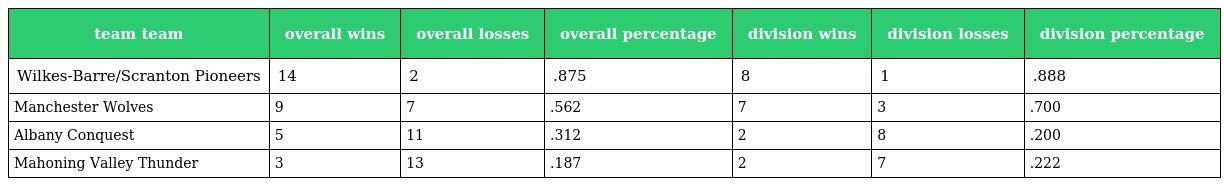
| team team | overall wins | overall losses | overall percentage | division wins | division losses | division percentage |
 | --- | --- | --- | --- | --- | --- | --- |
 | Wilkes-Barre/Scranton Pioneers | 14 | 2 | .875 | 8 | 1 | .888 |
 | Manchester Wolves | 9 | 7 | .562 | 7 | 3 | .700 |
 | Albany Conquest | 5 | 11 | .312 | 2 | 8 | .200 |
 | Mahoning Valley Thunder | 3 | 13 | .187 | 2 | 7 | .222 |